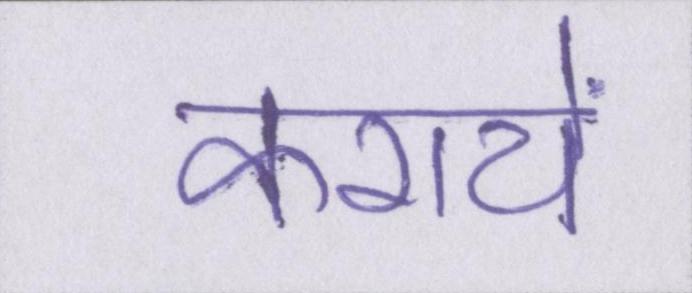
करायें